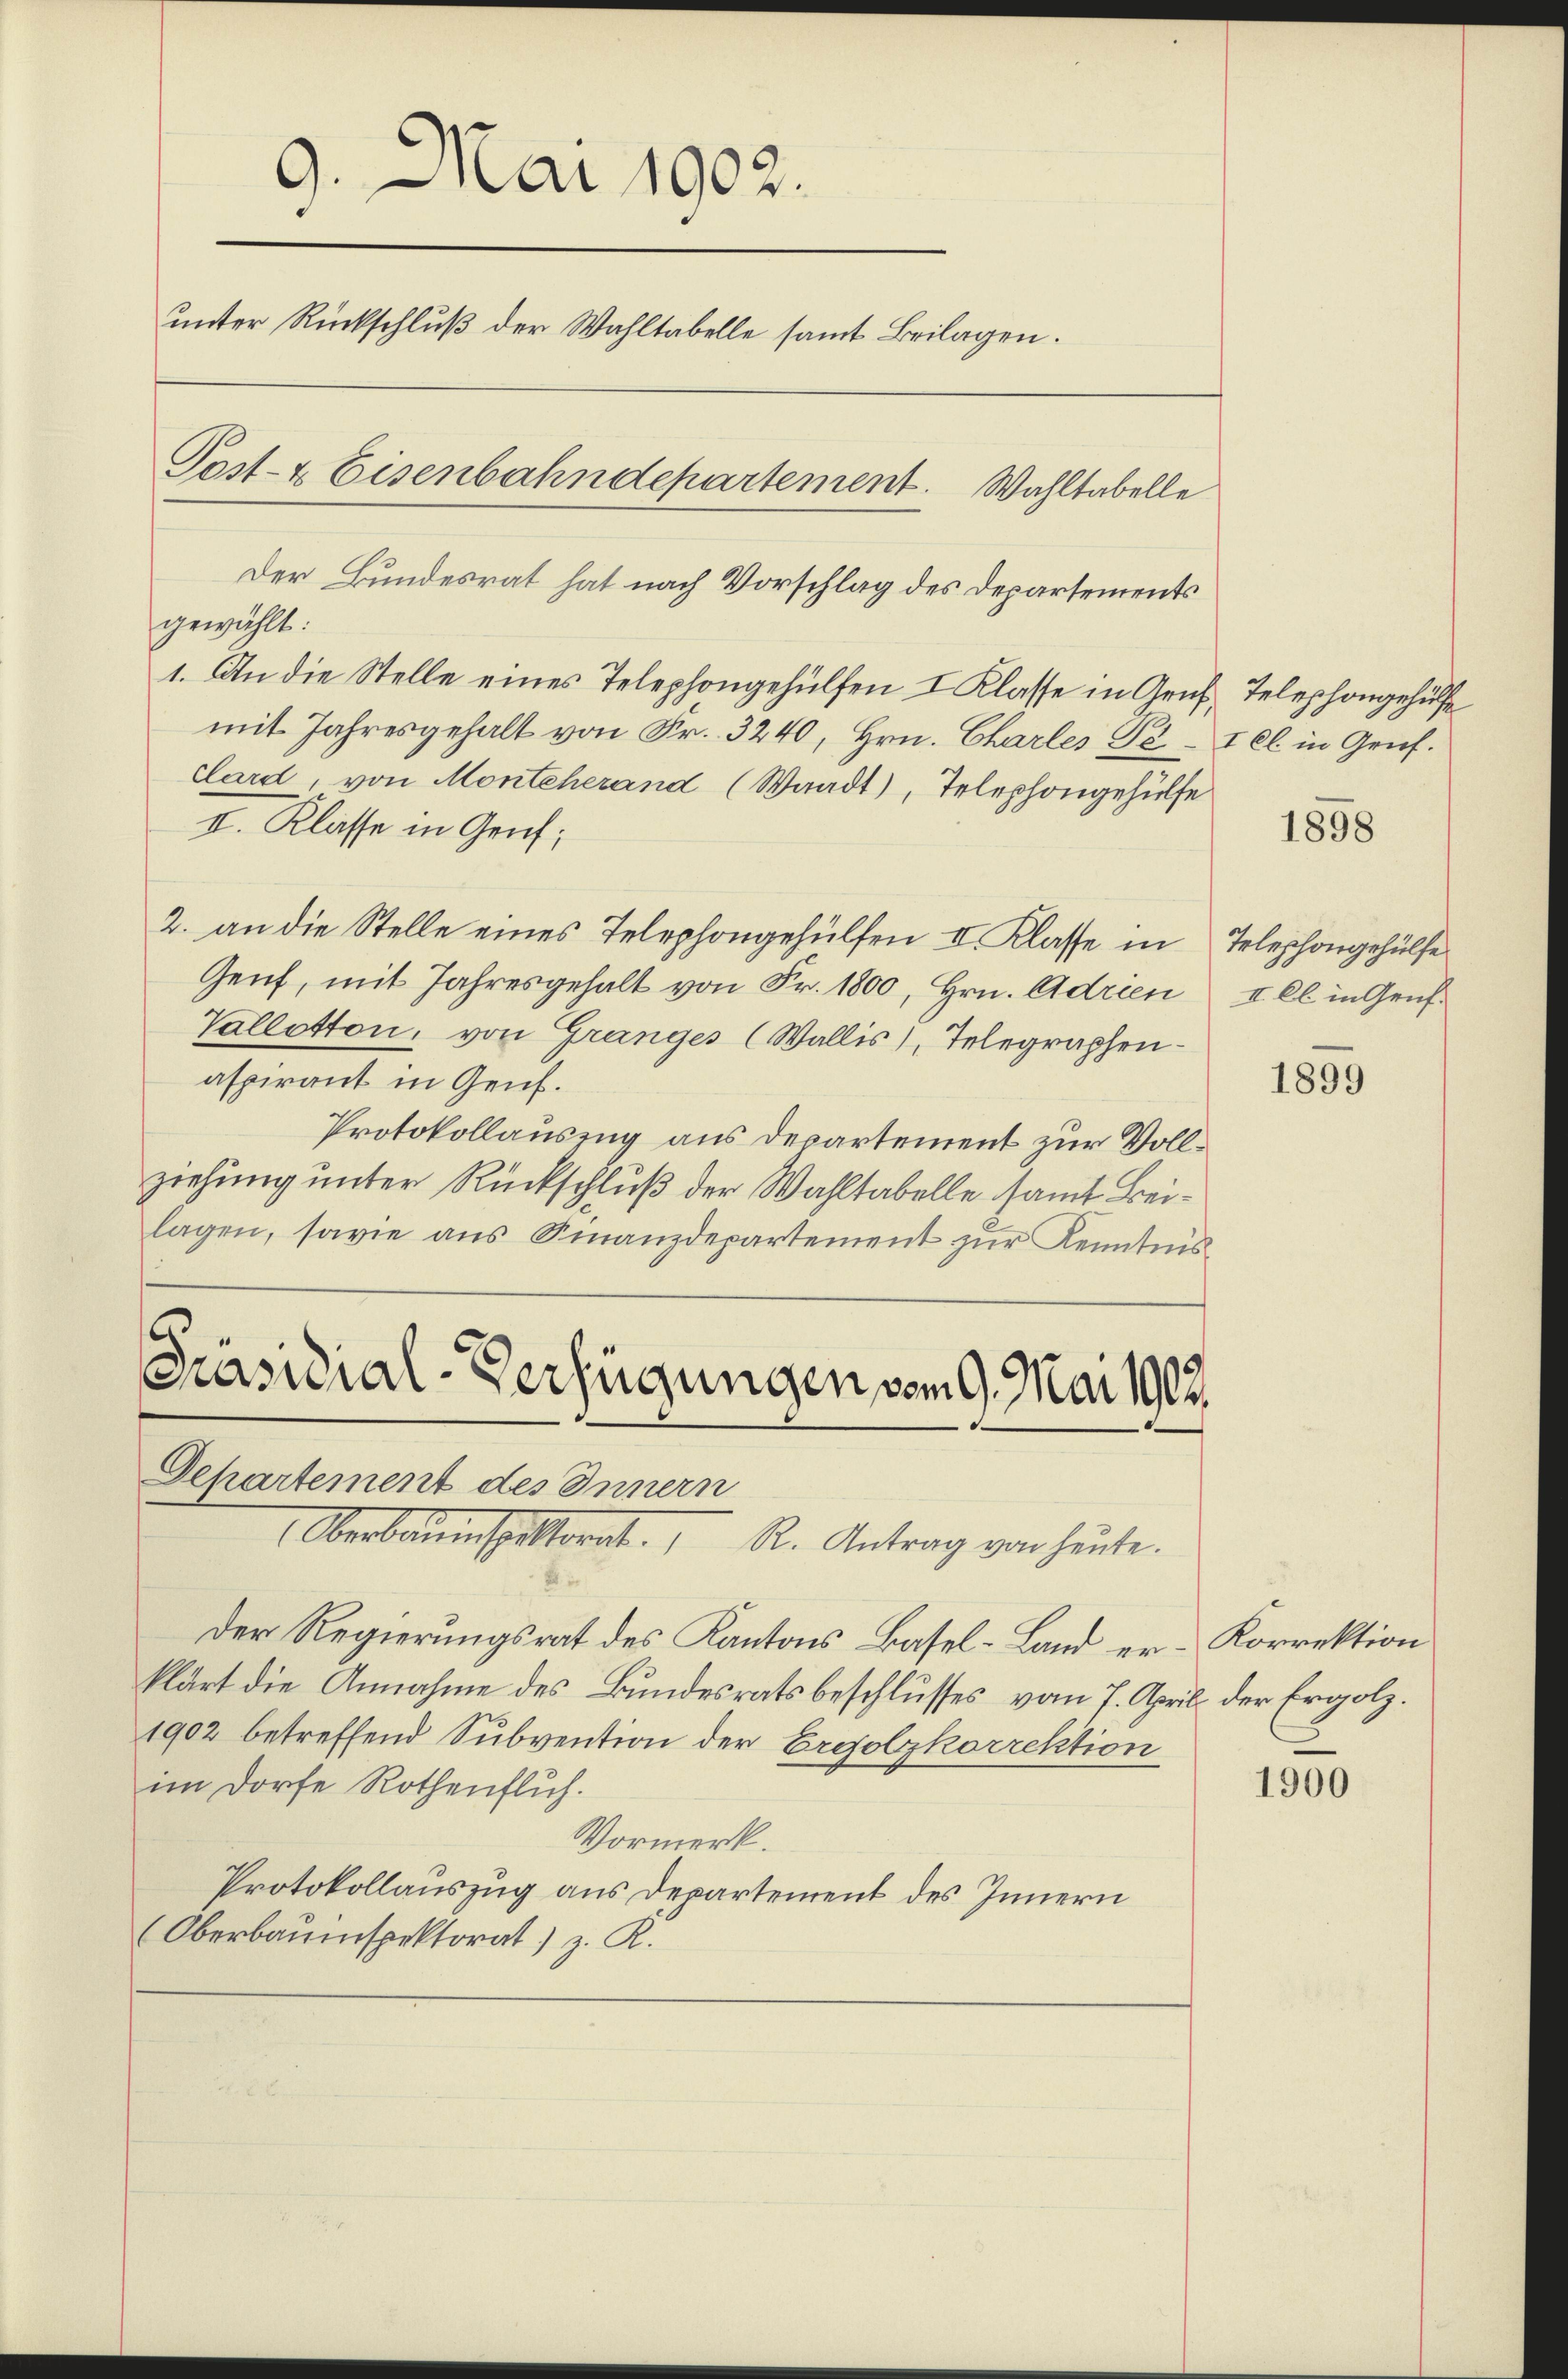
Der Bundesrat hat nach Vorschlag des Departements
gewählt:
1. An die Stelle eines Telephongehülfen I Klasse in Gruf, Telephongehülfe
mit Jahresgehalt von Fr. 3240, Hrn. Charles Se. – Ill. in Gruf.
Clard, von Monteherand (Waadt, Telephongehülfe
II. Klasse in Genf;
2. an die Stelle eines Telephongehülfen II. Klasse in Telephongehülfe
Genf, mit Jahresgehalt von Fr. 1800, Hrn. Adrien
Vallotton, von Granges (Wallis), Telegraphenaspirant in Genf.
Protokollausung aus Departement zur Vollziehung unter Rückschluß der Wahltabelle samt Beilagen, sowie ans Finanzdepartement zŭr Kenntnis

Präsidial-Verfügungen vom 9. Mai 1902.
Departement des Innern

9. Mai 1902.
unter Rückschluß der Wahltabelle samt Beilagen.
Post- & Eisenbahndepartement. Wahltabelle

Oberbauinspektorat. R. Antrag von heute.
Der Regierungsrat des Kantons Basel-Land er- Korrektion
klärt die Annahme des Bundesratsbeschlusses vom 7. April der Ergolz.
1902 betreffend Subvention der Ergolzkorrektion
im Dorfe Rothenfluh.
Vormerk.
Protokollauszug aus Departement des Innern
(Oberbauinspektorat) z. R.

1898

II. Cl. in Genf.

1899

1900